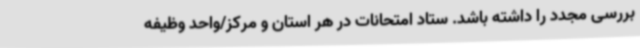
بررسی مجدد را داشته باشد. ستاد امتحانات در هر استان و مرکز/واحد وظیفه